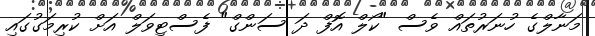
މަނާލްގެ ހުނަރުތައް ވެސް "ކޯލް އޮފް ދަ ސަންގް" ފެސްޓިވަލް އަށް ކުރިމަގުގައި